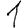
Digit: 1